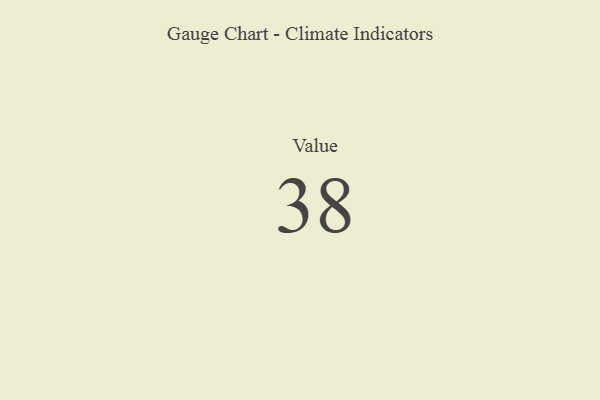
{"axis": {"x": "Metric", "y": "Value"}, "legend": [""], "data": [{"x": "Value", "y": 38, "type": ""}]}